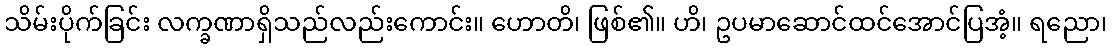
သိမ်းပိုက်ခြင်း လက္ခဏာရှိသည်လည်းကောင်း။ ဟောတိ၊ ဖြစ်၏။ ဟိ၊ ဥပမာဆောင်ထင်အောင်ပြအံ့။ ရညော၊